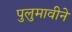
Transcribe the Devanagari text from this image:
पुलुमावीने